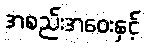
အစည်းအဝေးနှင့်